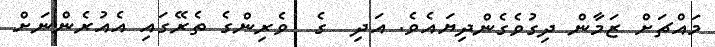
މައްޗަށް ޒަމާން ދިގުވެގެންދިޔައެވެ. އަދި  ގެ  ވެރިންގެ ތެރޭގައި އެއުރެންނަށް